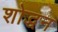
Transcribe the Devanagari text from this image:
शोद्धन